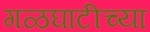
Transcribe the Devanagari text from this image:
गळघाटीच्या